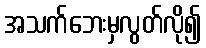
အသက်ဘေးမှလွတ်လို၍